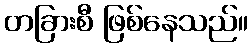
တခြားစီ ဖြစ်နေသည်။